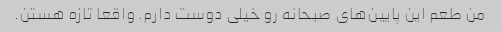
من طعم این پایین‌های صبحانه رو خیلی دوست دارم. واقعا تازه هستن.